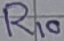
Text: R10